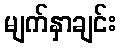
မျက်နှာချင်း